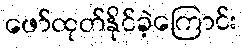
ဖော်ထုတ်နိုင်ခဲ့ကြောင်း